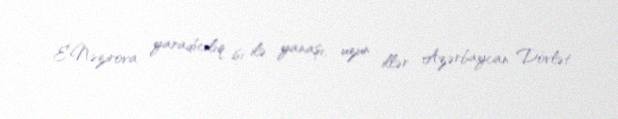
E.Nəzirova yaradıcılıq işi ilə yanaşı, uzun illər Azərbaycan Dövlət